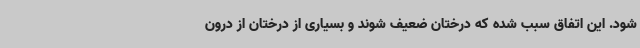
شود. این اتفاق سبب شده که درختان ضعیف شوند و بسیاری از درختان از درون